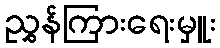
ညွှန်ကြားရေးမှူး